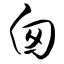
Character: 囱